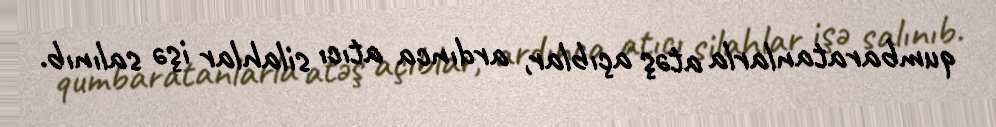
qumbaratanlarla atəş açıblar, ardınca atıcı silahlar işə salınıb.